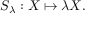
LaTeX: S _ { \lambda } : X \mapsto \lambda X .